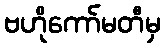
ဗဟိုကော်မတီမှ